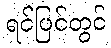
ရင်ပြင်တွင်